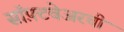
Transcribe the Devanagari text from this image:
सॉफ़्टवेअरची